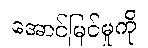
အောင်မြင်မှုကို